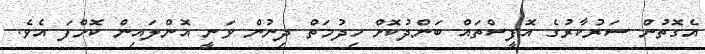
އެގޮތުން ސަރުކާރުގެ އޮފީސްތައް ބަންދުކޮށް ހިދުމަތް ދިނުން ވަނީ އޮންްލައިން ކޮށްފަ އެވެ.